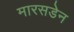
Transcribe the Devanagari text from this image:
मारसडेन